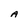
Character: A